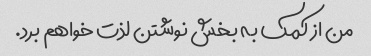
من از کمک به بخش نوشتن لذت خواهم برد.